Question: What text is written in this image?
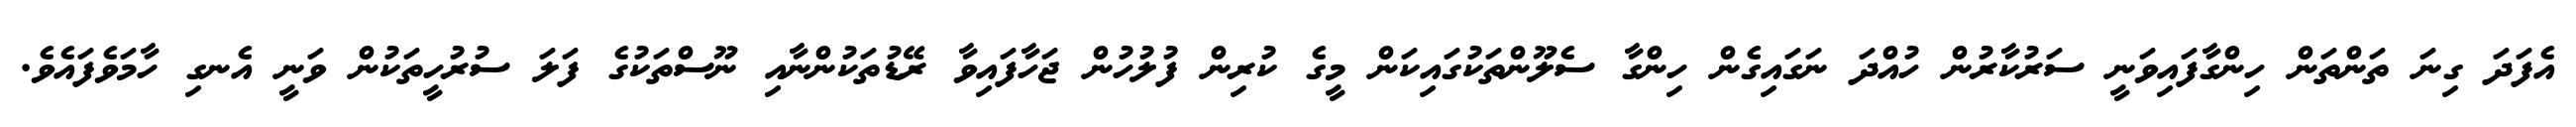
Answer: އެފަދަ ގިނަ ތަންތަން ހިންގާފައިވަނީ ސަރުކާރުން ހުއްދަ ނަގައިގެން ހިންގާ ސެލޫންތަކުގައިކަން މީގެ ކުރިން ފުލުހުން ޖަހާފައިވާ ރޭޑުތަކުންނާއި ނޫސްތަކުގެ ފަލަ ސުރުހީތަކުން ވަނީ އެނގި ހާމަވެފައެވެ.